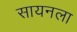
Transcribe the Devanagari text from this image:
सायनला